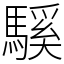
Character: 騱